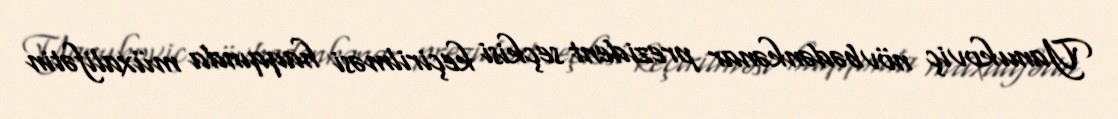
Yanukoviç növbədənkənar prezident seçkisi keçirilməsi haqqında müxalifətin